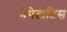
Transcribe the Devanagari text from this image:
हैपेटाटिस